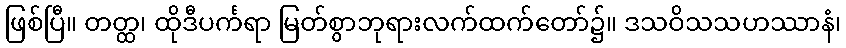
ဖြစ်ပြီ။ တတ္ထ၊ ထိုဒီပင်္ကရာ မြတ်စွာဘုရားလက်ထက်တော်၌။ ဒသဝိသသဟဿာနံ၊